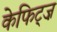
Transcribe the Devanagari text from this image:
केफिट्ज़